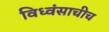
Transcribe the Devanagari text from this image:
विध्वंसाचीच